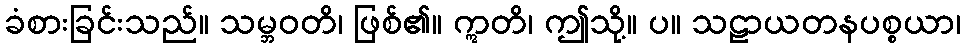
ခံစားခြင်းသည်။ သမ္ဘဝတိ၊ ဖြစ်၏။ ဣတိ၊ ဤသို့။ ပ။ သဠာယတနပစ္စယာ၊